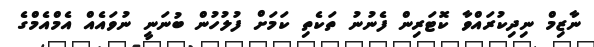
ނާޒިމް ނިދިކުރައްވާ ކޮޓަރިން ފެނުނު ތަކެތި ކަމަށް ފުލުހުން ބުނަނީ ނުވައެއް އެމްއެމްގެ